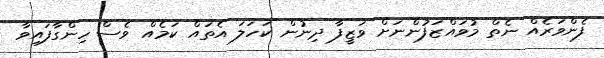
ފެންވަރެއް ނެތް މުވައްޒަފުންނަށް ވަޒީފާ ދިނުން ކަހަލަ އެތައް ކަމެއް ވެސް ހިންގާފައިވާ